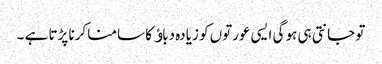
تو جانتی ہی ہو گی ایسی عورتوں کو زیادہ دباﺅ کا سامنا کرنا پڑتا ہے ۔